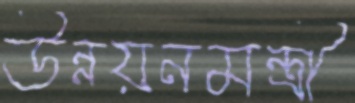
উন্নয়নমন্ত্রী